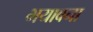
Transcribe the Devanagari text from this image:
भयावना